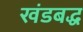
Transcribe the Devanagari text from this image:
खंडबद्ध